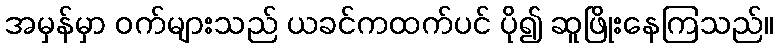
အမှန်မှာ ဝက်များသည် ယခင်ကထက်ပင် ပို၍ ဆူဖြိုးနေကြသည်။